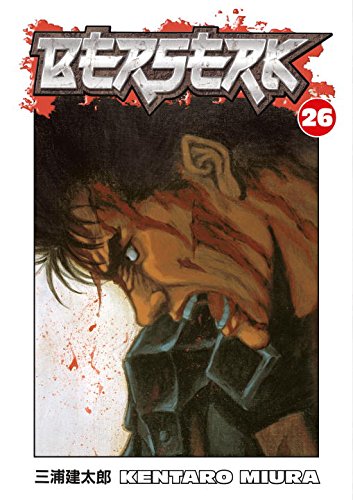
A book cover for Berserk, Vol. 26; Kentaro Miura; Comics & Graphic Novels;